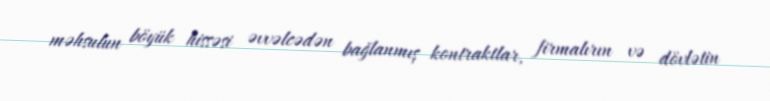
məhsulun böyük hissəsi əvvəlcədən bağlanmış kontraktlar, firmalırın və dövlətin